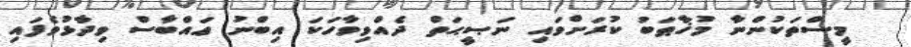
މީސްތަކުންނާ މުޚާޠަބު ކުރަށްވައި ނަޞީޙަތް ދެއްވިވާހަކަ އިބްނު ޢައްބާސް ވިދާޅުވެފައި